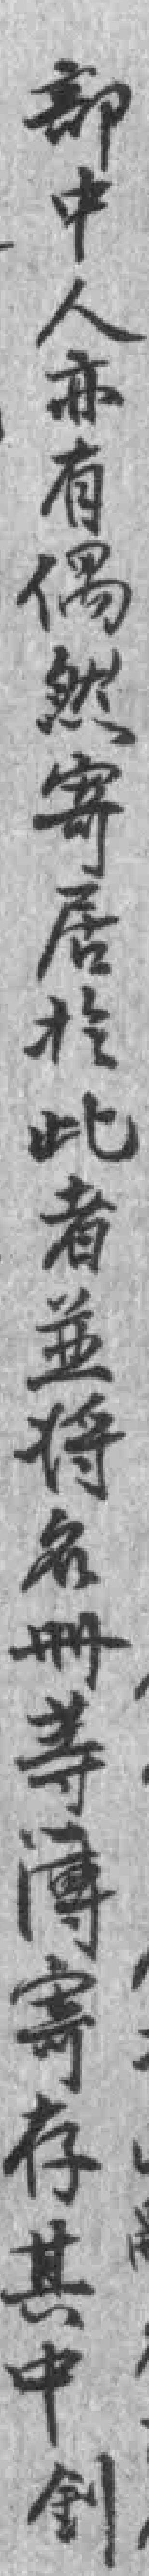
部中人亦有偶然寄居於此者並将名册等薄寄存其中釗